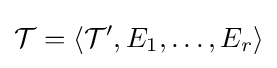
{\mathcal {T}}=\langle {\mathcal {T}}',E_{1},\ldots ,E_{r}\rangle